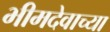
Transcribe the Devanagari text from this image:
भीमदेवाच्या